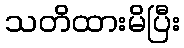
သတိထားမိပြီး